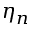
\eta _ { n }